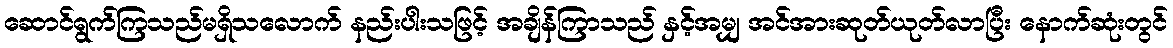
ဆောင်ရွက်ကြသည်မရှိသလောက် နည်းပါးသဖြင့် အချိန်ကြာသည် နှင့်အမျှ အင်အားဆုတ်ယုတ်လာပြီး နောက်ဆုံးတွင်